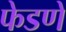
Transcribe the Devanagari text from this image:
फेडणें